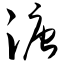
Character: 溏